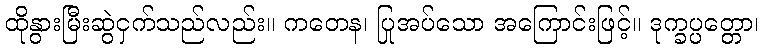
ထိုနွားမြီးဆွဲငှက်သည်လည်း။ ကတေန၊ ပြုအပ်သော အကြောင်းဖြင့်။ ဒုက္ခပ္ပတ္တော၊